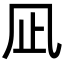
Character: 凪